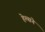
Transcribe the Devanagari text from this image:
हेल्सने